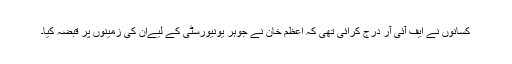
کسانوں نے ایف آئی آر درج کرائی تھی کہ اعظم خان نے جوہر یونیورسٹی کے لیےان کی زمینوں پر قبضہ کیا۔